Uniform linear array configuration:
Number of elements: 12
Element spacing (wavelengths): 0.25
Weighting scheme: kaiser
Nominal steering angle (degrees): -15
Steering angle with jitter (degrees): -13.986
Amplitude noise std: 0.05
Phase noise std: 0.05

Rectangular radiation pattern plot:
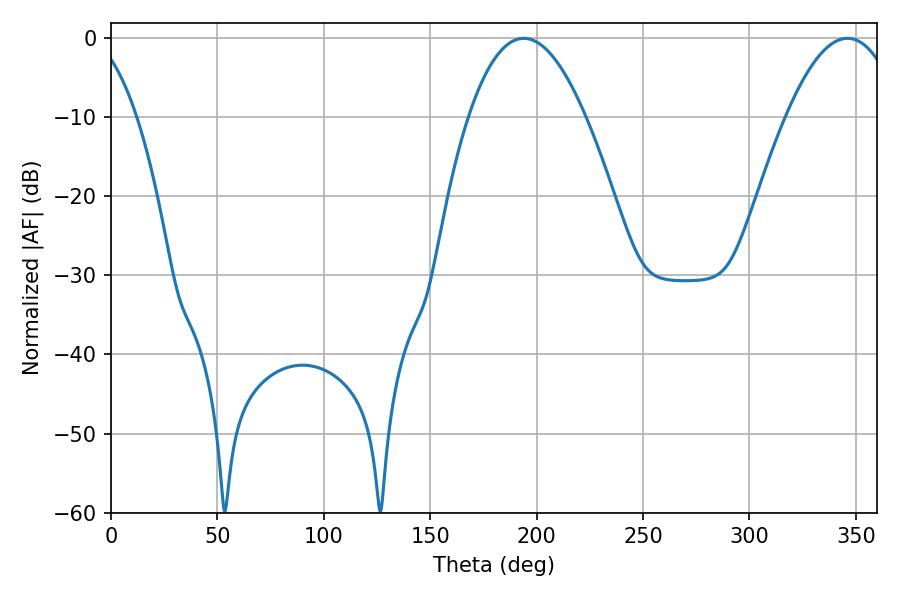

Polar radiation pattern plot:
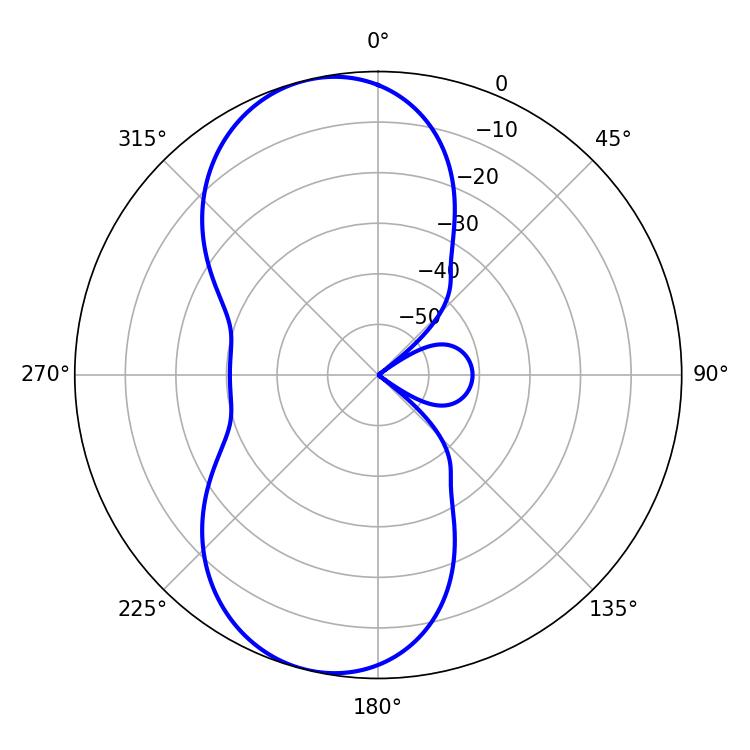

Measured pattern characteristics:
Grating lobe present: FALSE
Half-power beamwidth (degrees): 30.24
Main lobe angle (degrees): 193.86